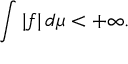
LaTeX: \int | f | \, d \mu < + \infty .